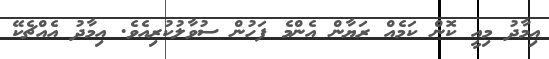
އިމާދު މިއީ ކޮން ކަމެއް ރަޔާން އެންމެ ފަހުން ސުވާލުކުރިއެވެ. އިމާދު އެއްޗެކޭ